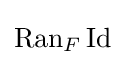
\operatorname {Ran} _{F}\operatorname {Id}